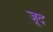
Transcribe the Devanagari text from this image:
ज़ूद